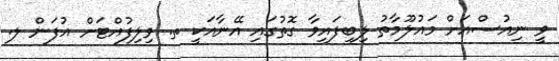
ވީ ނިއުސްއަށް މައުލޫމާތު ލިބިފައިވާ ގޮތުގައި އޭނާއަކީ ތ. ވިލިފުއްޓަށް އުފަން ލ.